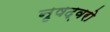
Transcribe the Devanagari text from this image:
नृषद्वरो